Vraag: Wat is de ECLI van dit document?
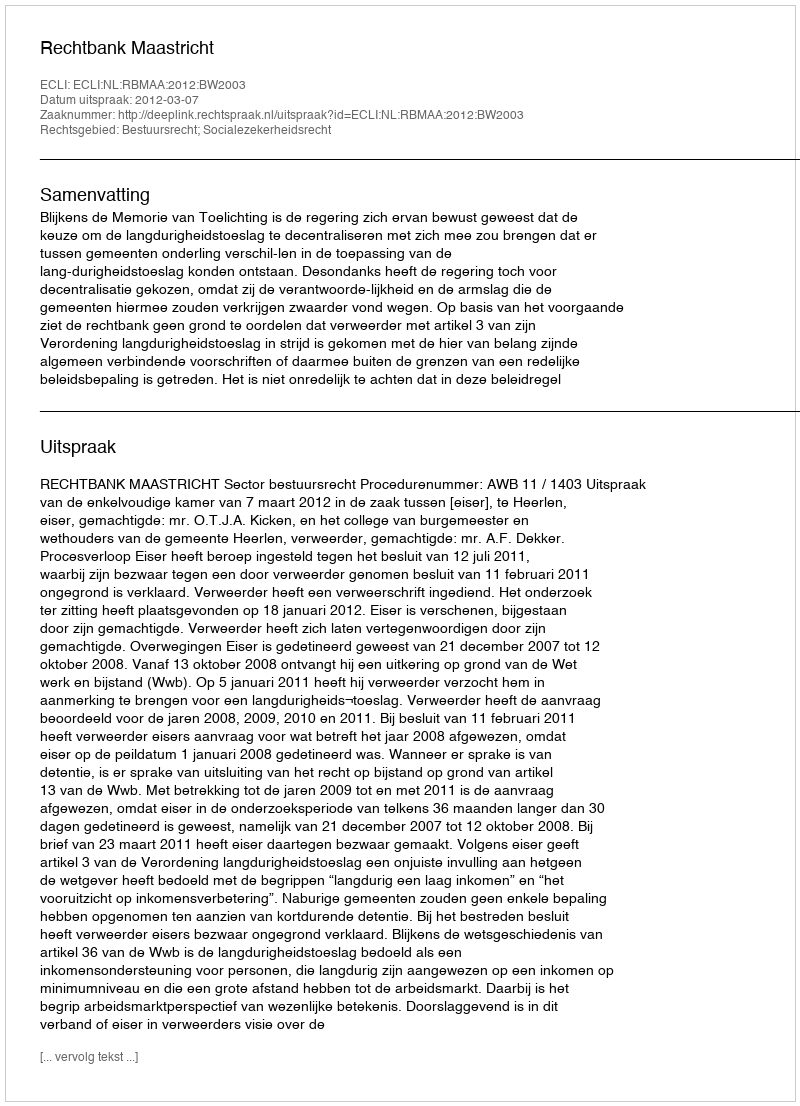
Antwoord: ECLI:NL:RBMAA:2012:BW2003